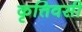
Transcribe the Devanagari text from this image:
कृत्तिवसी